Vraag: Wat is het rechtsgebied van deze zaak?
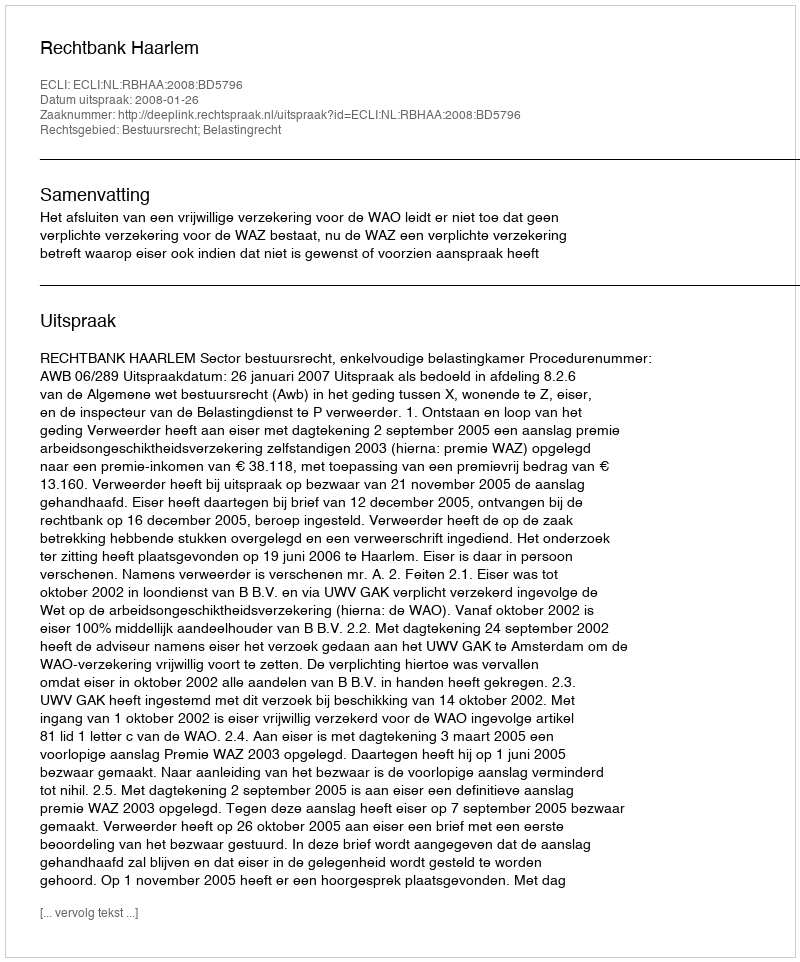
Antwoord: Bestuursrecht; Belastingrecht